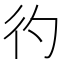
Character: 彴